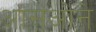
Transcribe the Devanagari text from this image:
आसओने